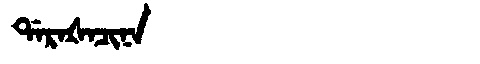
Manchu: ᡩᠠᡵᠠᡧᠠᠴᡳᠨᠠ
Romanization: DARAŠACINA